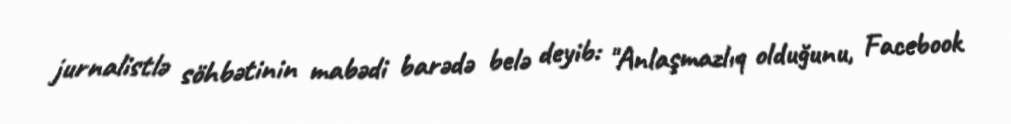
jurnalistlə söhbətinin mabədi barədə belə deyib: "Anlaşmazlıq olduğunu, Facebook